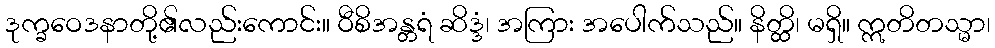
ဒုက္ခဝေဒနာတို့၏လည်းကောင်း။ ဝီစိအန္တရံ ဆိဒ္ဒံ၊ အကြား အပေါက်သည်။ နိတ္ထိ၊ မရှိ။ ဣတိတသ္မာ၊